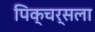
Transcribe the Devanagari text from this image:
पिक्चर्सला